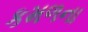
કમળના